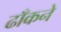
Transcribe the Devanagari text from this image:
ढाँकने